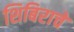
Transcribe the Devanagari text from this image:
शिबिराचे